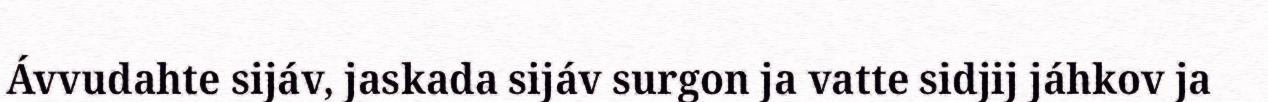
Ávvudahte sijáv, jaskada sijáv surgon ja vatte sidjij jáhkov ja